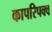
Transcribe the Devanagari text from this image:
कापरिपक्व